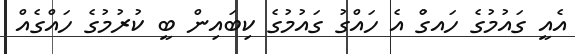
އެއީ ގައުމުގެ ހައގްު އެ ހައްގު ގައުމުގެ ކިބައިން ބީ ކުރުމުގެ ހައްގެއް